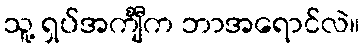
သူ့ ရှပ်အင်္ကျီက ဘာအရောင်လဲ။